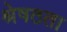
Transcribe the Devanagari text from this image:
श्रेषठता